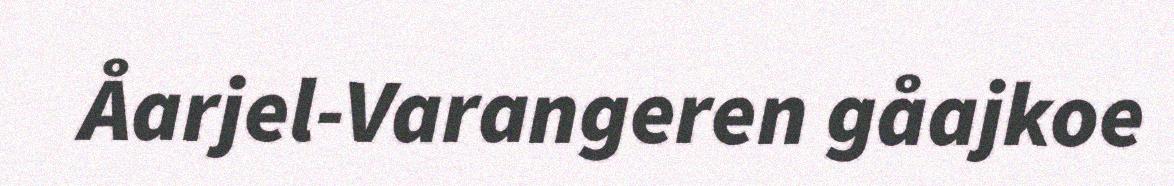
Åarjel-Varangeren gåajkoe